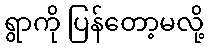
ရွာကို ပြန်တော့မလို့